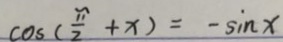
\cos ( \frac { \pi } { 2 } + x ) = - \sin x